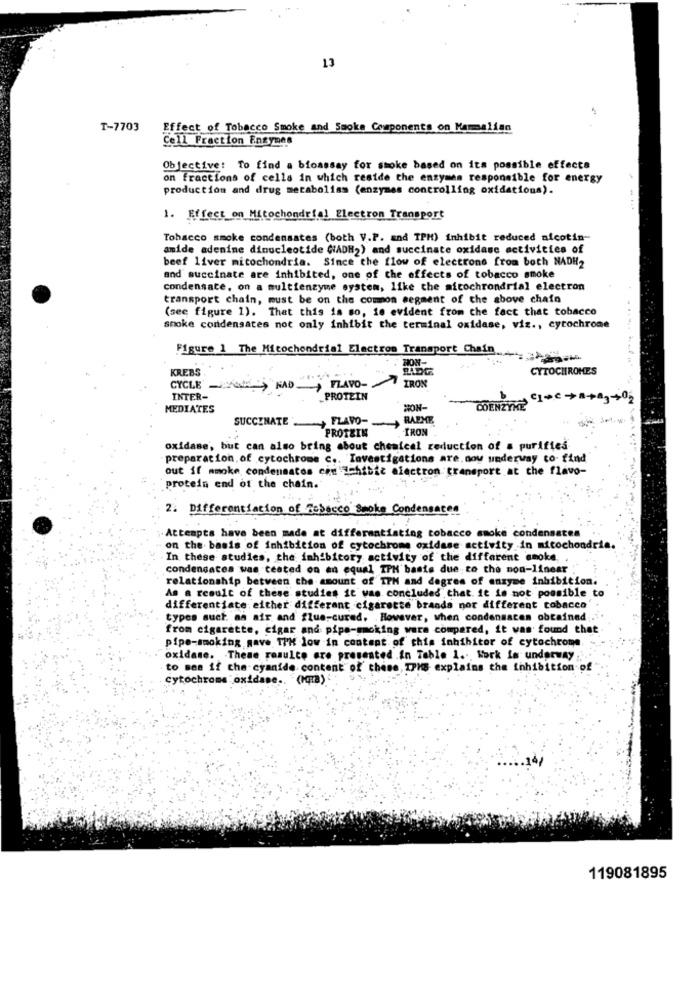
13
T-7703
Effect of Tobacco Smoke and Smoke Components on Mammalian
Cell Fraction Ensynes
Objective: To find a bioassay for smoke based on its possible effects
on fractions of cells in which reside the enzymes responsible for energy
production and drug metabolias (enzymes controlling oxidations).
1. Effect on Mitochondrial Electron Transport
Tobacco smoke condensates (both V.P. and TPM) inhibit reduced nicotin-
amide adenine dinucleotide (ADH2) and succinate oxidase activities of
beef liver mitochondria. Since the flow of electrone from both NADH2
and succinate are inhibited, one of the effects of tobacco smoke
condensate, on a multienzyme system, like the micochrondrial electron
transport chain, must be on the common segment of the above chain
(see figure 1). That this is so, 10 evident from the fact that tobacco
smoke condensates not only inhibit the terminal oxidase, viz ., cytochrome
Figure 1 The Mitochondrial Electrom Transport Chain
KREBS
CYTOCHROMES
CYCLE >HAD FLAVO-
IRON
INTER-
PROTEIN
MEDIATES
MON-
COENZYME
SUCCINATE - FLAVO-
RAEME
PROTEIN
IRON
oxidase, but can also bring about cheaical reduction of a purifies
preparation of cytochrome c .. Investigations are. now underway to find
out if mmoke condensatos com 'ichibic electron transport at the flavo-
protein end of the chain.
2. Differentiation of Tobacco Smoke Condensacon
Attempts have been made at differentiating tobacco smoke condensates
on the basis of inhibition of cytochrome oxidase activity in mitochondria.
In these studies, the inhibitory activity of the different smoke,
condensaces was tested on an equal TPH basis due to the non-linear
relationship between the amount of IPH and degres of enzyme inhibition.
As a result of these studies it was concluded that. it is not possible to
differentiate either different cigarette brands nor different cobacco
types such an air and flue-cured. However, when condensacen obtained
from cigarette, cigar and pipe-smoking warm compared, it was found that
pipe-smoking gave TPH low in content of this inhibitor of cytochrome.
oxidase. These resulte are presented .in Table 1 .., Kork is underway ,
to sea if the-cyanide content of these, IPMS explains the inhibition of
cytochrome oxidase .. (Ma)
119081895